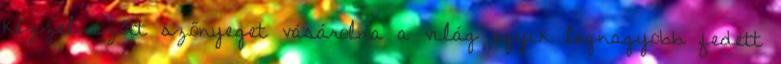
kézzel szőtt szőnyeget vásárolna a világ egyik legnagyobb fedett